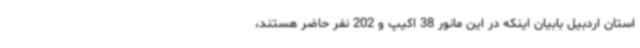
استان اردبیل بابیان اینکه در این مانور 38 اکیپ و 202 نفر حاضر هستند،